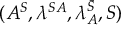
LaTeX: ( A ^ { S } , \lambda ^ { S A } , \lambda _ { A } ^ { \bar { S } } , S )